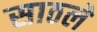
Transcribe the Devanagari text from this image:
साठले